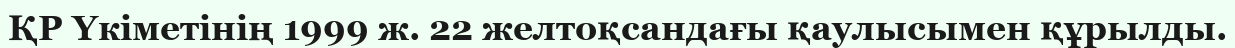
ҚР Үкіметінің 1999 ж. 22 желтоқсандағы қаулысымен құрылды.